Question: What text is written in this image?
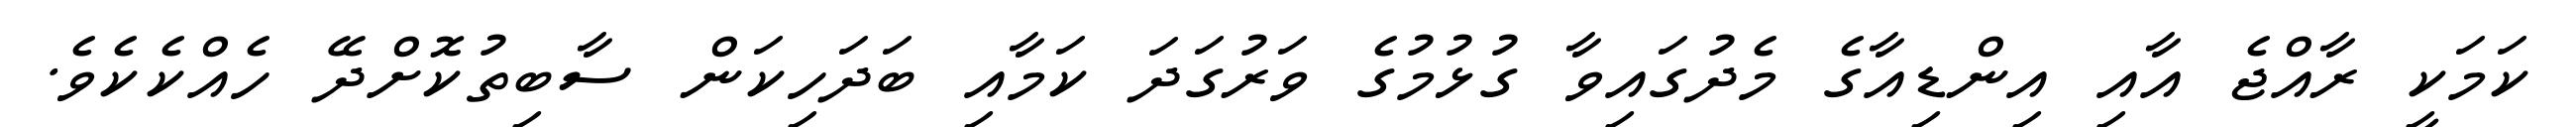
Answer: ކަމަކީ ރާއްޖެ އާއި އިންޑިއާގެ މެދުގައިވާ ގުޅުމުގެ ވަރުގަދަ ކަމާއި ބަދަހިކަން ސާބިތުކޮށްދޭ ހެއްކެކެވެ.